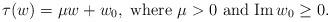
LaTeX: \begin{align*} \tau (w)= \mu w + w_0, \textnormal{ where } \mu >0 \textnormal{ and Im}\, w_0\geq 0. \end{align*}